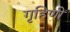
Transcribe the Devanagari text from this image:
गृहिणीं